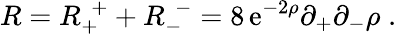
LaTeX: R=R_{+}^{\ \ +}+R_{-}^{\ \ -}=8\, \mathrm{e}^{-2\rho}\partial_{+}\partial_{-}\rho\; .